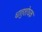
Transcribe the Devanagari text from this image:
धातुशोधक